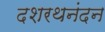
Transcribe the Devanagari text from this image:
दशरथनंदन